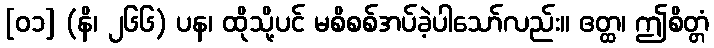
[၀၁] (နိ၊ ၂၆၆) ပန၊ ထိုသို့ပင် မစိစစ်အပ်ခဲ့ပါသော်လည်း။ ဧတ္ထ၊ ဤစိတ္တံ